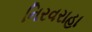
નિરવરાહા